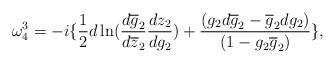
LaTeX: \begin{align*}\omega^{3}_{4} = - i \{ \frac{1}{2}d\ln (\frac{d\overline{g}_{2}}{d\overline{z}_{2}} \frac {dz_{2}}{dg_{2}}) + \frac{(g_{2}d\overline{g}_{2}- \overline{g}_{2}dg_{2})} {(1-g_{2}\overline{g}_{2})} \},\end{align*}